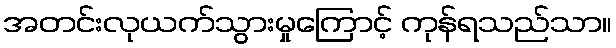
အတင်းလုယက်သွားမှုကြောင့် ကုန်ရသည်သာ။